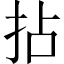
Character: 拈